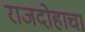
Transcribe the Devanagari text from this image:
राजदोहाचा